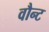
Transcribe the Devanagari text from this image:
वौन्ट